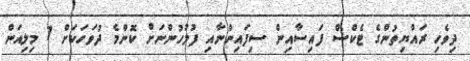
ދިވެހި ރައްޔިތުންގެ ޓެކްސް ފައިސާއިން ސިފައިންނާއި ފުލުހުންނަށް ކޮންމެ ދުވަހަކަށް 7 މިލިއަން